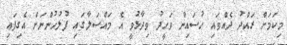
މިކަމަށް ރައްދު ދެއްވައި ހުސައިން ވަހީދު ވިދާޅުވީ އެ މައްސަލާގައި ފުލުހުންނަށް އެގިފައި